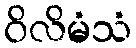
ဝိလိမံသံ